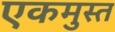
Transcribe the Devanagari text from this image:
एकमुस्त